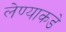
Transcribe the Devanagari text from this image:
लेण्याकडे